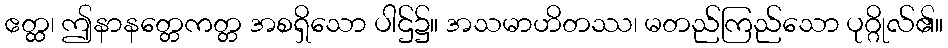
ဧတ္ထ၊ ဤနာနတ္တေကတ္တ အစရှိသော ပါဌ်၌။ အသမာဟိတဿ၊ မတည်ကြည်သော ပုဂ္ဂိုလ်၏။